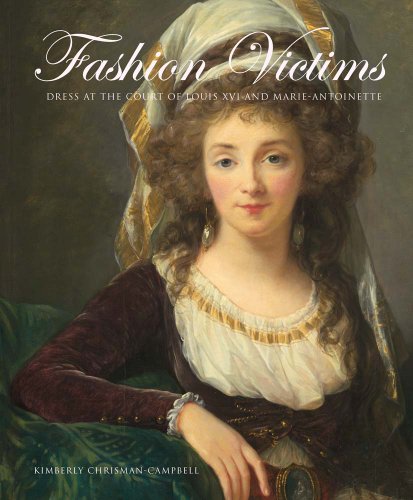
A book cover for Fashion Victims: Dress at the Court of Louis XVI and Marie-Antoinette; Kimberly Chrisman-Campbell; Arts & Photography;